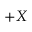
+ X